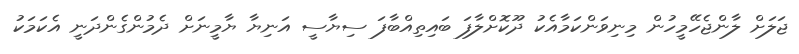
ޖަލަށް ލާންޖެހޭމީހުން މިނިވަންކަމާއެކު ދޫކޮށްލާފަ ބައިތިއްބާފަ ސިޔާސީ އަނިޔާ ޔާމީނަށް ދެމުންގެންދަނީ އެކަމަކު